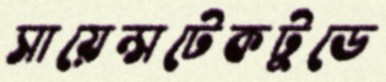
সায়েন্সটেকটুডে